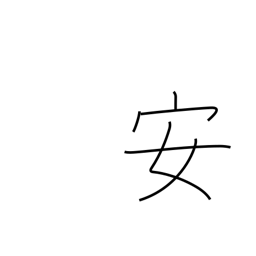
Meaning: peaceful